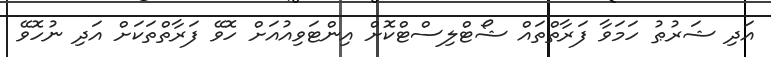
އަދި ޝަރުޠު ހަމަވާ ފަރާތްތައް ޝޯޓްލިސްޓްކޮށް އިންޓަވިއުއަށް ހޮވޭ ފަރާތްތަކަށް އަދި ނުހޮވޭ